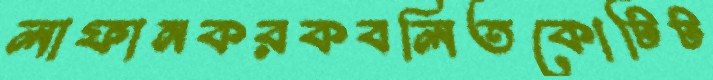
লাফানকরকবলিতকোটিট